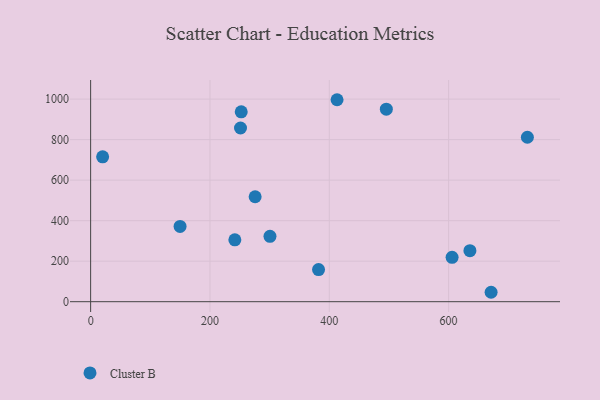
{"axis": {"x": "Distance", "y": "Fuel Efficiency"}, "legend": ["Cluster B"], "data": [{"x": "671.2", "y": 46.5, "type": "Cluster B"}, {"x": "495.6", "y": 950.4, "type": "Cluster B"}, {"x": "241.7", "y": 305.6, "type": "Cluster B"}, {"x": "605.8", "y": 219.0, "type": "Cluster B"}, {"x": "732.0", "y": 811.7, "type": "Cluster B"}, {"x": "635.7", "y": 252.0, "type": "Cluster B"}, {"x": "413.0", "y": 997.0, "type": "Cluster B"}, {"x": "382.0", "y": 158.8, "type": "Cluster B"}, {"x": "275.7", "y": 518.0, "type": "Cluster B"}, {"x": "20.1", "y": 715.2, "type": "Cluster B"}, {"x": "300.6", "y": 322.5, "type": "Cluster B"}, {"x": "251.2", "y": 857.4, "type": "Cluster B"}, {"x": "149.9", "y": 371.4, "type": "Cluster B"}, {"x": "252.4", "y": 937.5, "type": "Cluster B"}]}